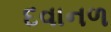
દવાનળ